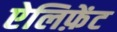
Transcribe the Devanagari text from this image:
ऐलिफ़ेंट